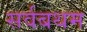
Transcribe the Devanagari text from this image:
सर्वबथम